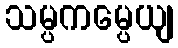
သမ္ပကမ္ပေယျ